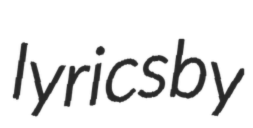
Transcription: lyrics by